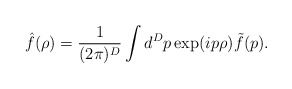
\begin{align*}{\hat f}(\rho)=\frac{1}{(2\pi)^D}\int d^Dp\exp(ip\rho){\tilde f}(p).\end{align*}